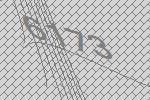
6173